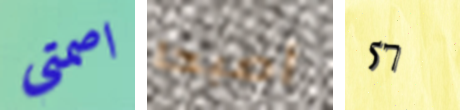
اصمتي أصبحا 57